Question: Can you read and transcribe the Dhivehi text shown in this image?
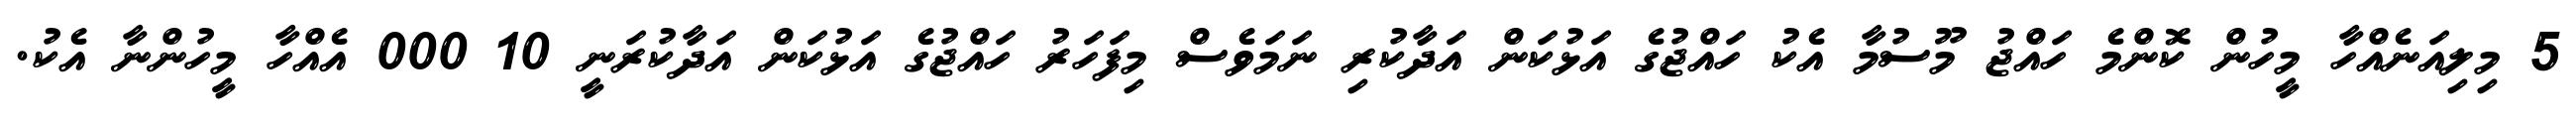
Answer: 5 މިލިއަނެއްހާ މީހުން ކޮންމެ ހައްޖު މޫސުމާ އެކު ހައްޖުގެ އަޅުކަން އަދާކުރި ނަމަވެސް މިފަހަރު ހައްޖުގެ އަޅުކަން އަދާކުރަނީ 10 000 އެއްހާ މީހުންނާ އެކު.